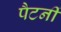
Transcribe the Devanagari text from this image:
पैटर्नी